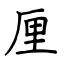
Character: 厘